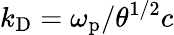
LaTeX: k_{\mathrm{D}}=\omega_{\mathrm{p}}/\theta^{1/2}c